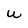
Character: W